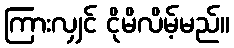
ကြားလျှင် ငိုမိလိမ့်မည်။